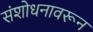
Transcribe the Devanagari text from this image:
संशोधनावरून